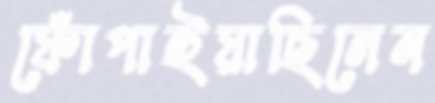
ফোঁপাইয়াছিলেন